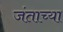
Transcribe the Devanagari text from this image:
जंताच्या